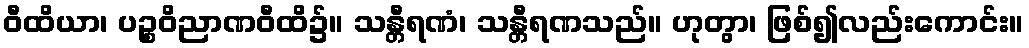
ဝီထိယာ၊ ပဉ္စဝိညာဏဝီထိ၌။ သန္တီရဏံ၊ သန္တီရဏသည်။ ဟုတွာ၊ ဖြစ်၍လည်းကောင်း။